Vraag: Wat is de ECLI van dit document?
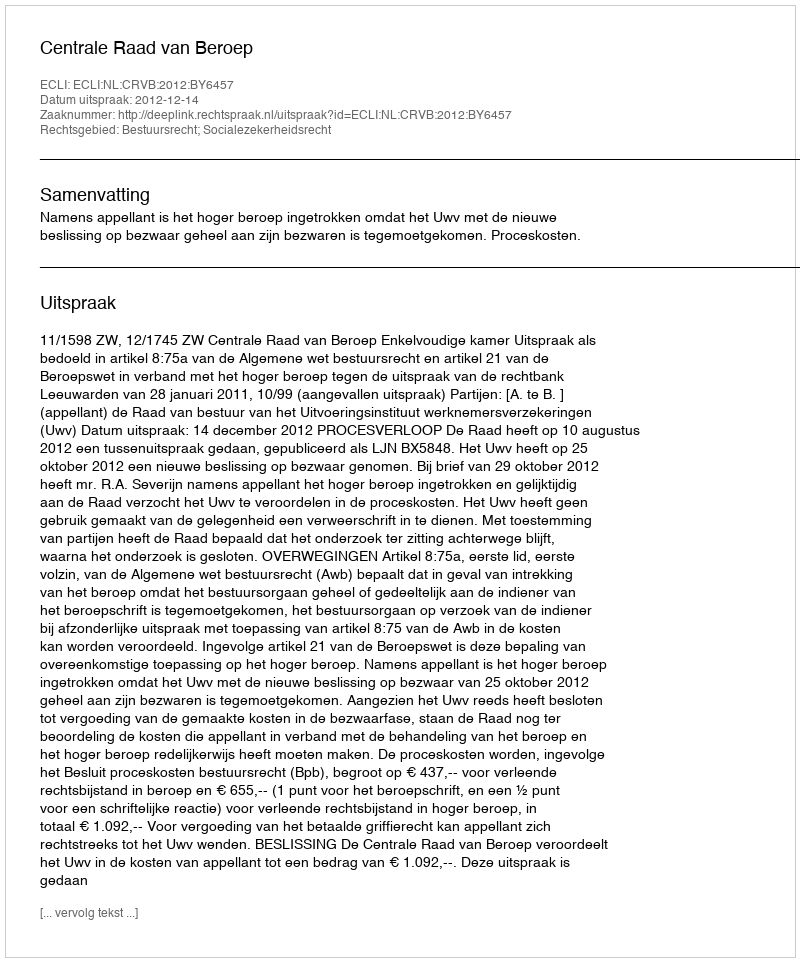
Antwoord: ECLI:NL:CRVB:2012:BY6457